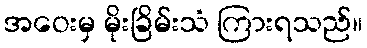
အဝေးမှ မိုးခြိမ်းသံ ကြားရသည်။